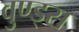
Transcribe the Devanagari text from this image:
वुण्ड्स